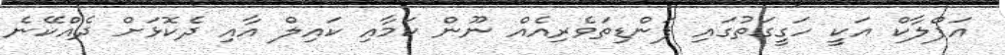
އަފްލާކް އަކީ ހަގީގަތުގައި ފަންޑިތަވެރިއެއް ނޫން ކަމާއި ކައިލް އާއި ދެކޮޅަށް ދެއްކޭނެ